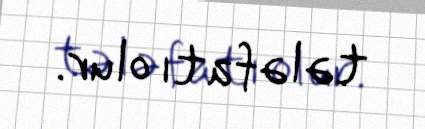
tələfatı olur.